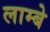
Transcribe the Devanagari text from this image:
लाम्बे